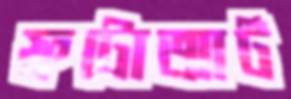
ফটোআর্ট